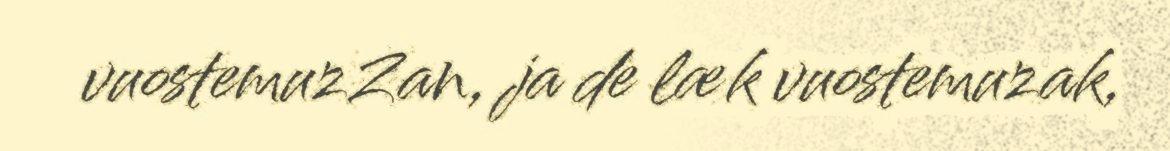
vuostemuzZan, ja de læk vuostemuzak,